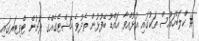
# ކްލަބްހައުސް ތަކުގައި އުޅުއްވާ އައްޑޫ ބޭފުޅުން ތެދުވެ ހޭޝްޓެގެއްގެ ދަށުން ޓްވިޓަރގައި